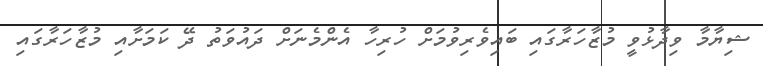
ޝިޔާމާ ވިދާޅުވީ މުޒާހަރާގައި ބައިވެރިވުމަށް ހުރިހާ އެންމެނަށް ދައުވަތު ދޭ ކަމަށާއި މުޒާހަރާގައި